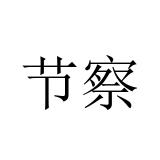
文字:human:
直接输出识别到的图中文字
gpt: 节察